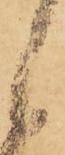
候